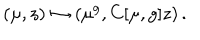
( \mu , z ) \mapsto ( \mu ^ { g } , C [ \mu , g ] z ) \, .